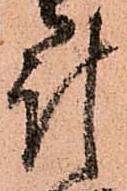
計